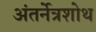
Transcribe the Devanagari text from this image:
अंतर्नेत्रशोथ